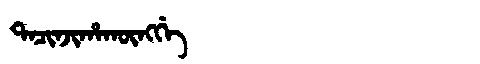
Manchu: ᡨᠠᠴᡳᠨᠵᡳᡥᠠᡴᡡᠩᡤᡝ
Romanization: TACINJIHAKŪNGGE